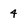
Character: 4